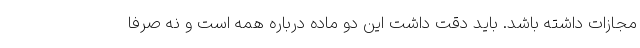
مجازات داشته باشد. باید دقت داشت این دو ماده درباره همه است و نه صرفا